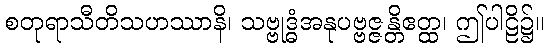
စတုရာသီတိသဟဿာနိ၊ သဗ္ဗုဒ္ဓံအနုပဗ္ဗဇ္ဇန္တိဧတ္ထ၊ ဤပါဠိ၌။